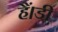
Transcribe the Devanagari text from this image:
हैं।डी